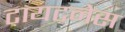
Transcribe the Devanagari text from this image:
टायटनेस